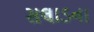
સલાડના